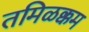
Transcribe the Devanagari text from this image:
तमिळक्कम